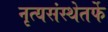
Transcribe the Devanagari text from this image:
नृत्यसंस्थेतर्फे